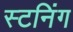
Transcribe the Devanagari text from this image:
स्टनिंग